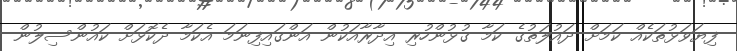
ފިޔަވަޅުތަކެއް ކަމަށް ދައުލަތުގެ ކަމާ ގުޅުންހުރި އިދާރާއަކުން އަންގައިފިނަމަ އެކަމާ ދެކޮޅަށް ކައުންސިލުން